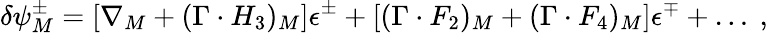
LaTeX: \delta\psi_{M}^{\pm}=\left[\nabla_{M}+(\Gamma\cdot H_{3})_{M}\right]\epsilon^{\pm}+\left[(\Gamma\cdot F_{2})_{M}+(\Gamma\cdot F_{4})_{M}\right]\epsilon^{\mp}+\ldots\ ,